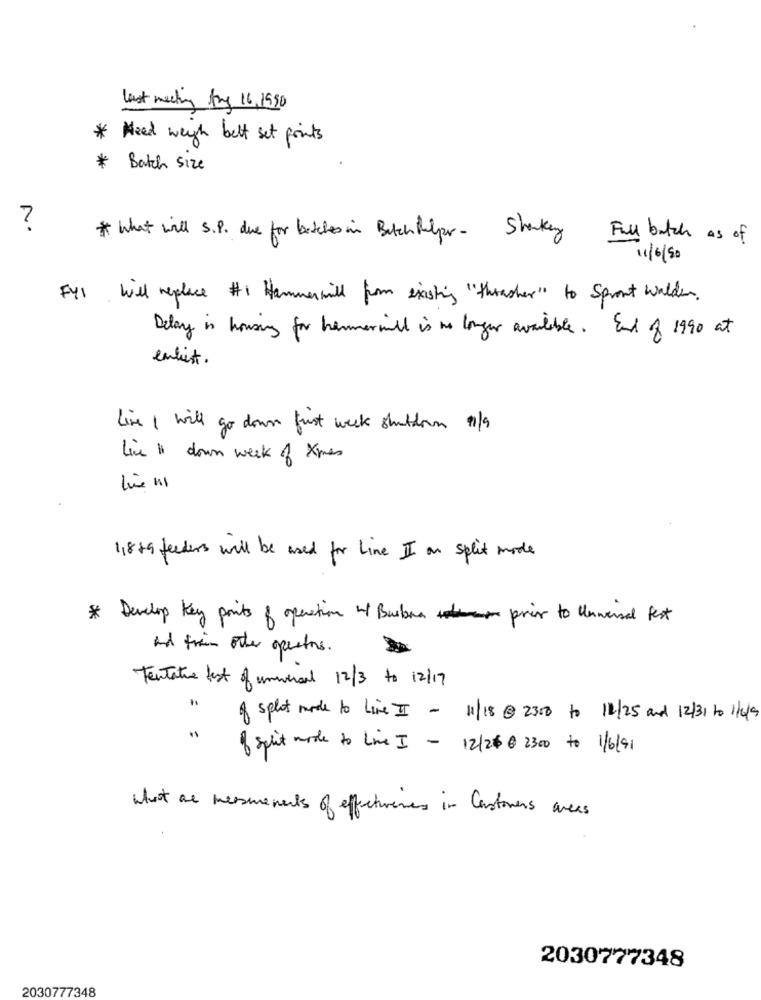
last meeting Ary 16,1990
* Need weigh bett set points
* Batch Size
?
* What will S.P. due for bateles in Batchflyer- Sharkey Full batch as of
11/6/50
FYI
Will replace #1 Hammerwill from existing " thrasher" to Spront wilder .
Delay in housing for hemmerwill is no longer available. End of 1990 at
enliest .
Live I will go down just week shutdown 1/9
Live " down week of times
118 29 feeders will be used for Line II an split mode
* Develop key points of operation of Burban prior to Uniwersal fest
and train other greators.
Tentative last of universal 12/3 to 12/17
of splot mode to Line II - 11/18 @ 2308 to 12/25 and 12/31 to 1/4/9
of split mode to Live I - 12/2$@ 2300 to 1/6/91
What are measurements of effectivenes in Customers areas
2030777348
2030777348